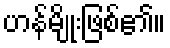
ဟန်မျိုးဖြစ်၏။